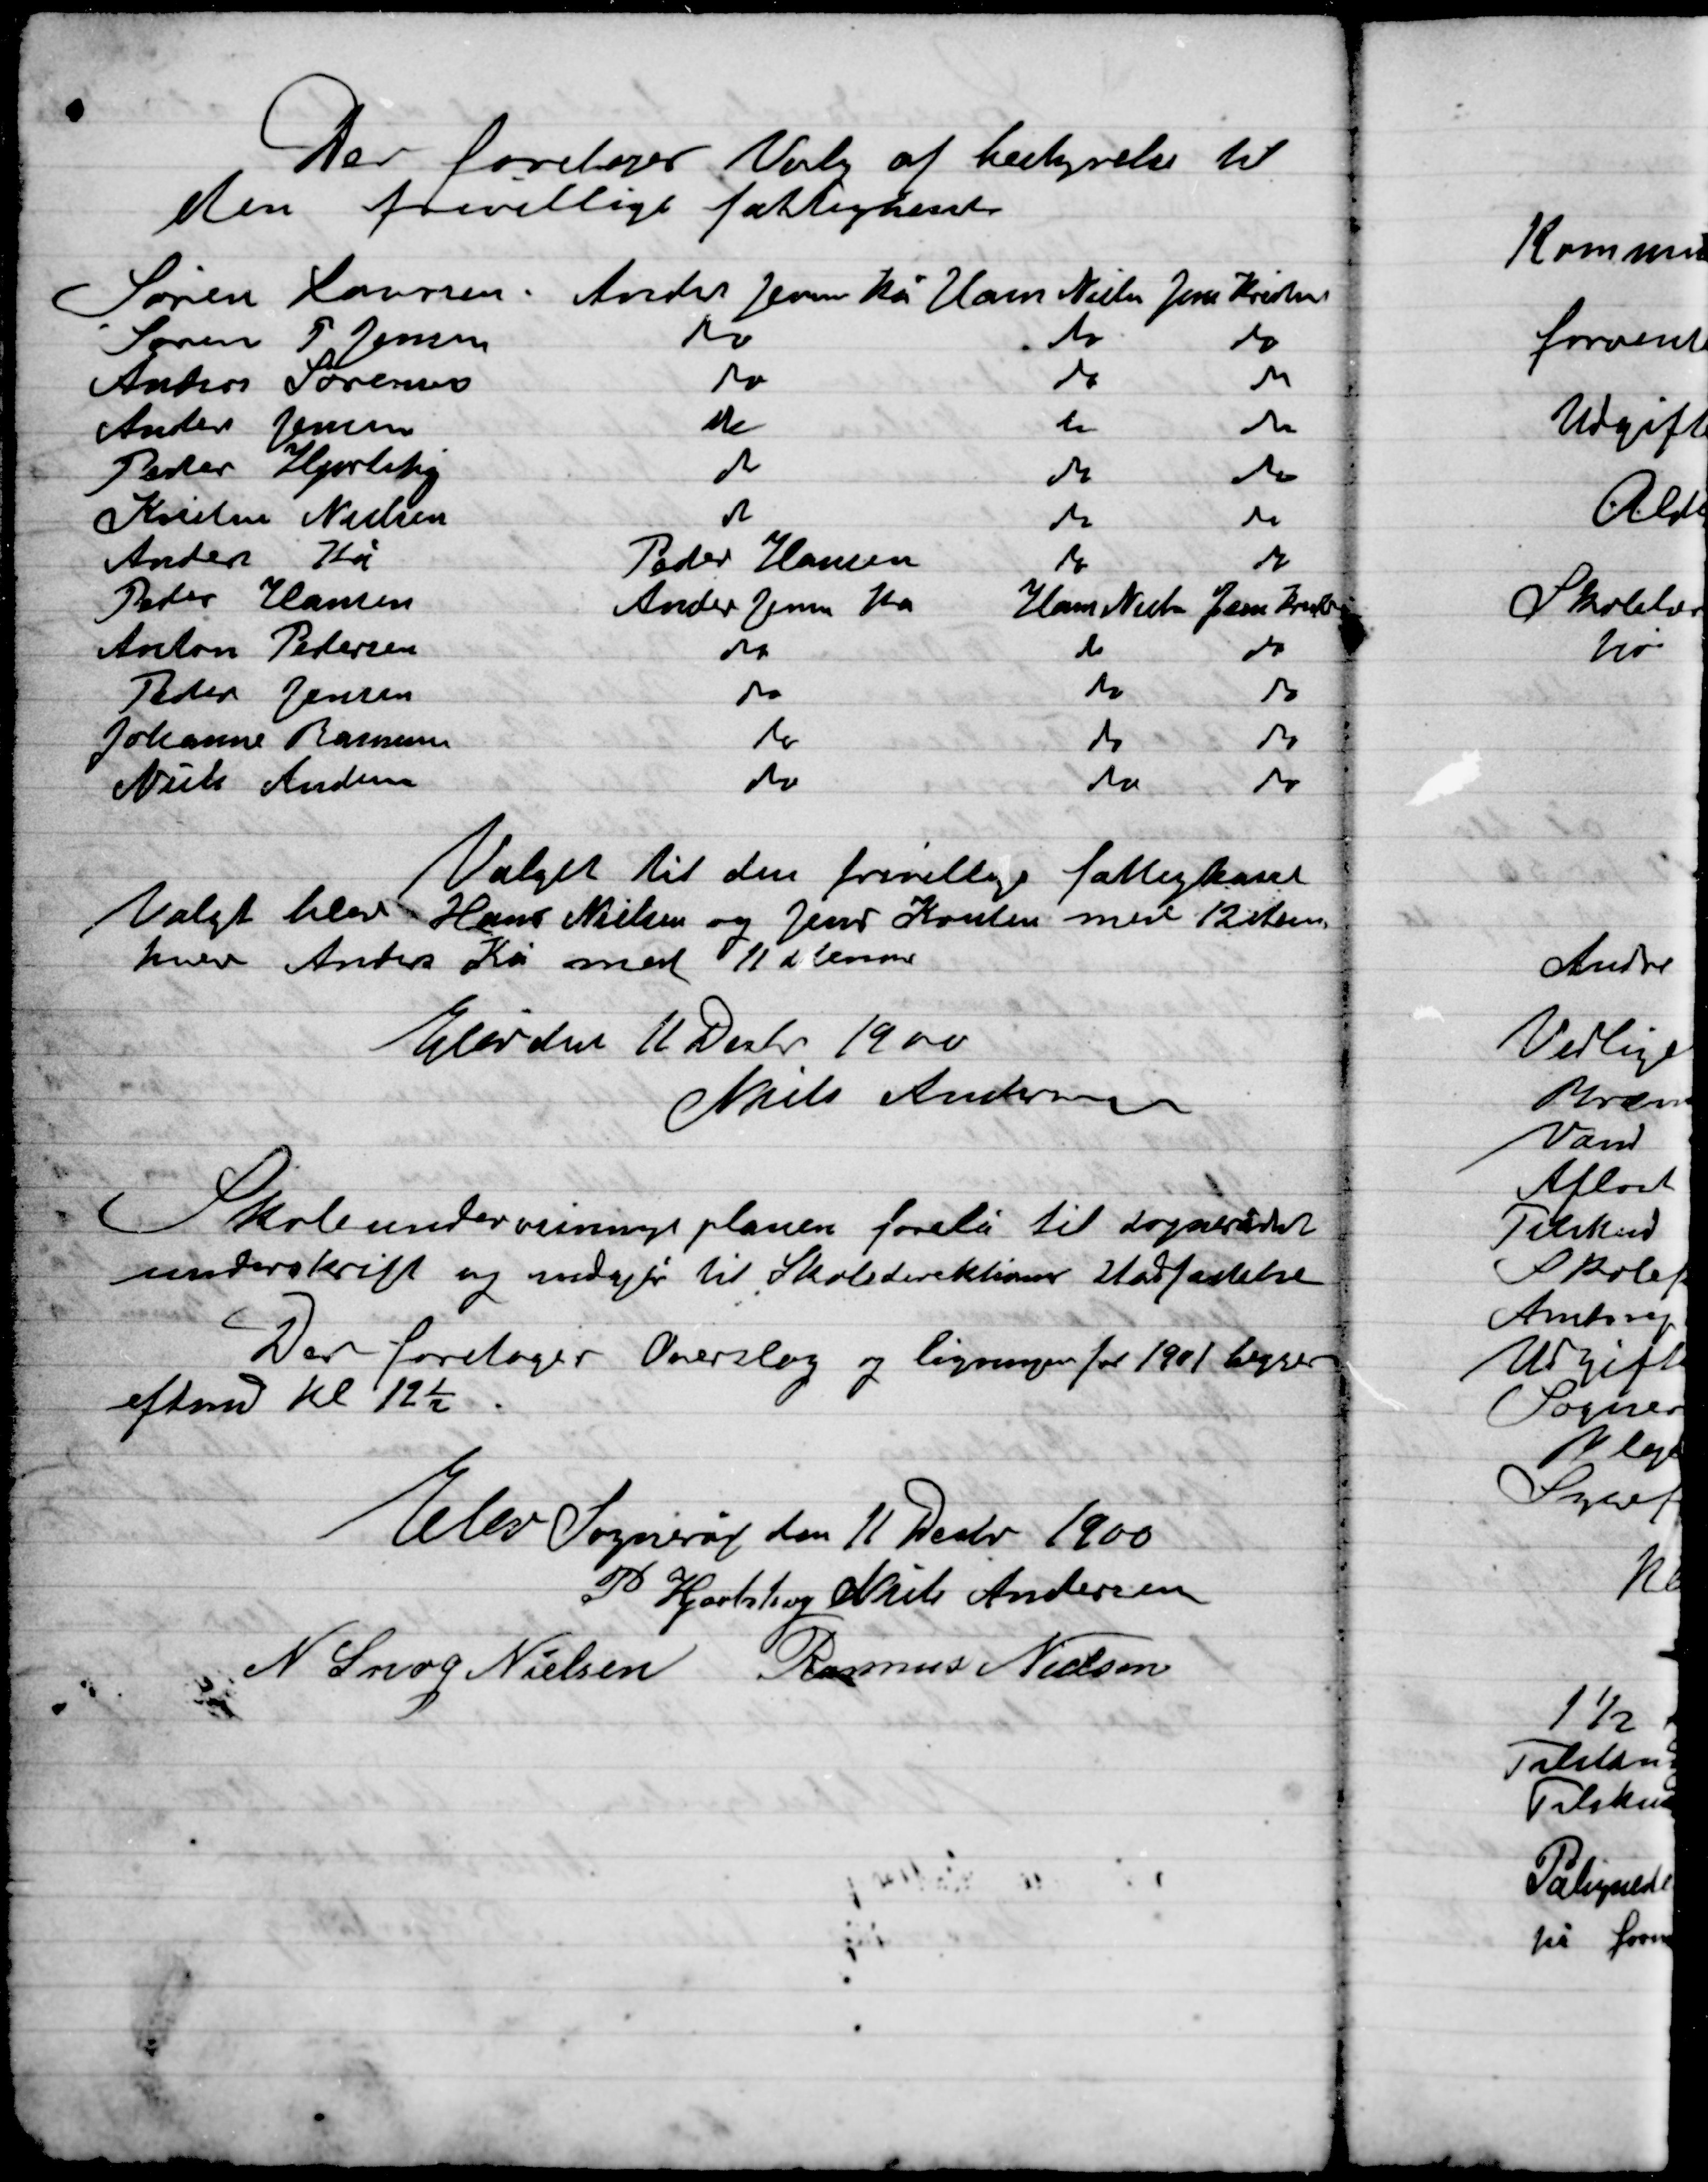
Transskription:
Der foretoges Valg af bestyrelse til
den frivillige fattigkasse.

Valget til den frivillige fattigkasse
Valget blev Hans Nielsen og Jens Poulsen med 12 Stemmer
Hver Anders Kå med 11 Stemmer
Elev den 11 Decbr. 1900
Niels Andersen

Skoleundervisningsplanen forelå til sogneråddets
underskrift og indgå til Skoledirektionens Uadfattelse 
Der foretoges Overslag og ligning for 1901 
efterm. Kl. 12½.

Elev Sogneråd den 11 Decbr. 1900

P. Hjortshøj
Niels Andersen
N. Snog Nielsen
Rasmus Nielsen